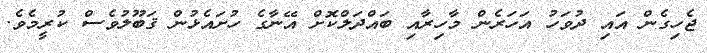
ޖެހިގެން އައި ދުވަހު އަހަރެން މާހިރާއި ބައްދަލްކޮށް އޭނާގެ ހުށައެޅުން ޤަބޫލުވެސް ކުރީމެވެ.